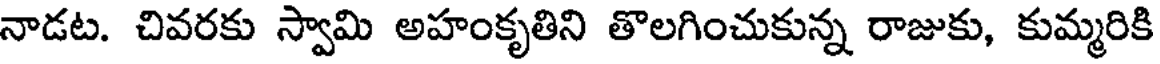
నాడట. చివరకు స్వామి అహంకృతిని తొలగించుకున్న రాజుకు, కుమ్మరికి